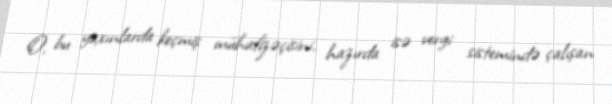
O, bu yaxınlarda keçmiş mühafizəçisini, hazırda isə vergi sistemində çalışan